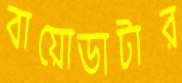
বায়োডাটার